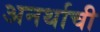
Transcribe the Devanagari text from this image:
अनर्थाची